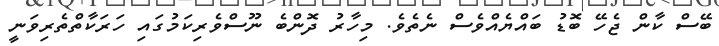
ބޭސް ކާން ޖެހޭ ބޮޑު ބައްޔެއްވެސް ނެތެވެ. މިހާރު ދޮންބެ ނޫސްވެރިކަމުގައި ހަރަކާތްތެރިވަނީ